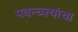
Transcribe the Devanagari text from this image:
पवन्च्क्यांचा